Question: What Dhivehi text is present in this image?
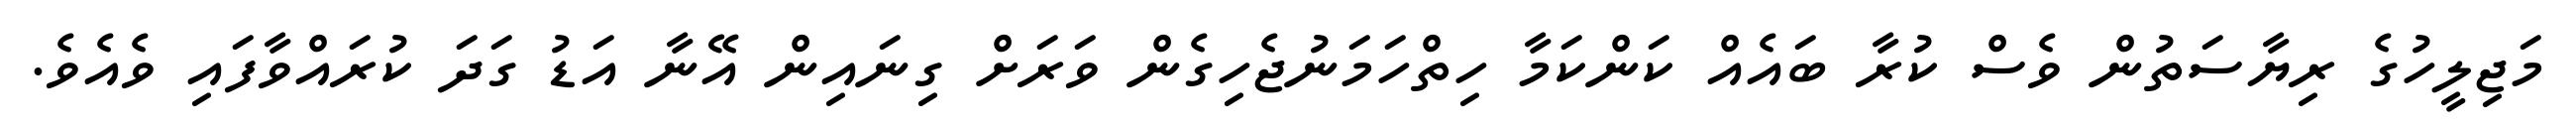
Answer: މަޖިލީހުގެ ރިޔާސަތުން ވެސް ކުރާ ބައެއް ކަންކަމާ ހިތްހަމަނުޖެހިގެން ވަރަށް ގިނައިން އޭނާ އަޑު ގަދަ ކުރައްވާފައި ވެއެވެ.